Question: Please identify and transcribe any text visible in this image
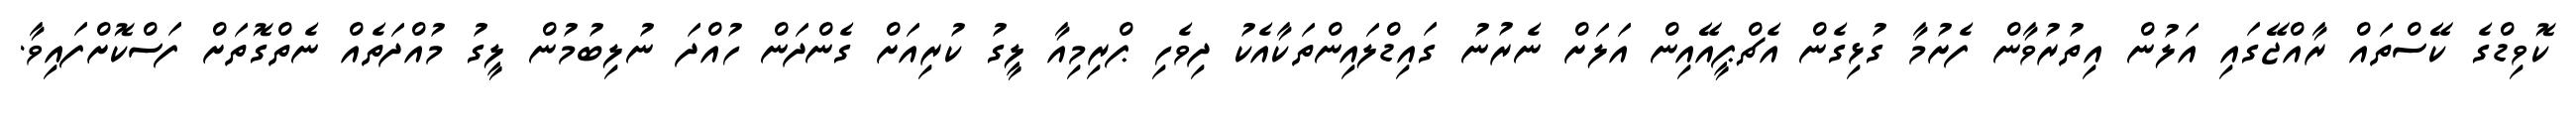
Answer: ކޮވިޑްގެ ކޭސްތައް ރާއްޖޭގައި އަލުން އިތުރުވާން ފެށުމާ ގުޅިގެން އެޗްޕީއޭއިން އަލަށް ނެރުނު ގައިޑްލައިންތަކާއެކު ދިވެހި ޕްރިމިއާ ލީގު ކުރިއަށް ގެންދަން ހުއްދަ ނުލިބުމުން ލީގު މުއްދަތެއް ނެތްގޮތަށް ފަސްކޮށްފައިވާ.